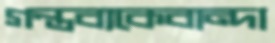
গন্তব্যকেবান্দা